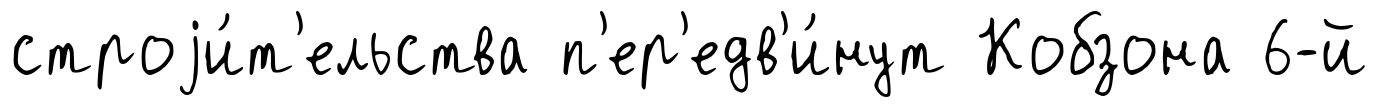
строjи́т'ельства п'ер'едв'и́нут Кобзона 6-й